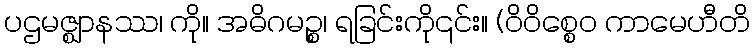
ပဌမဇ္ဈာနဿ၊ ကို။ အဓိဂမဉ္စ၊ ရခြင်းကို၎င်း။ (ဝိဝိစ္စေဝ ကာမေဟီတိ